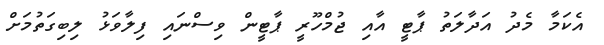
އެކަމާ މެދު އަދާލަތު ޕާޓީ އާއި ޖުމްހޫރީ ޕާޓީން ވިސްނައި ފިލާވަޅު ލިބިގަތުމަށް